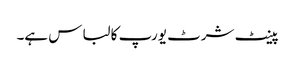
پینٹ شرٹ یورپ کا لباس ہے۔